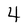
Character: 4